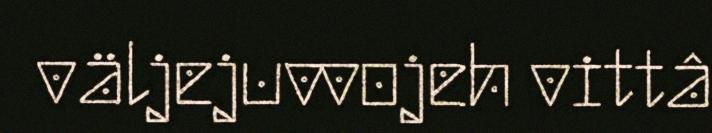
väljejuvvojeh vittâ